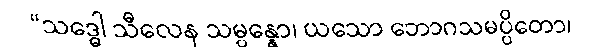
“သဒ္ဓေါ သီလေန သမ္ပန္နော၊ ယသော ဘောဂသမပ္ပိတော၊